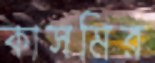
কাসমির